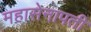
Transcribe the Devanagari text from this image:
महासेनापती